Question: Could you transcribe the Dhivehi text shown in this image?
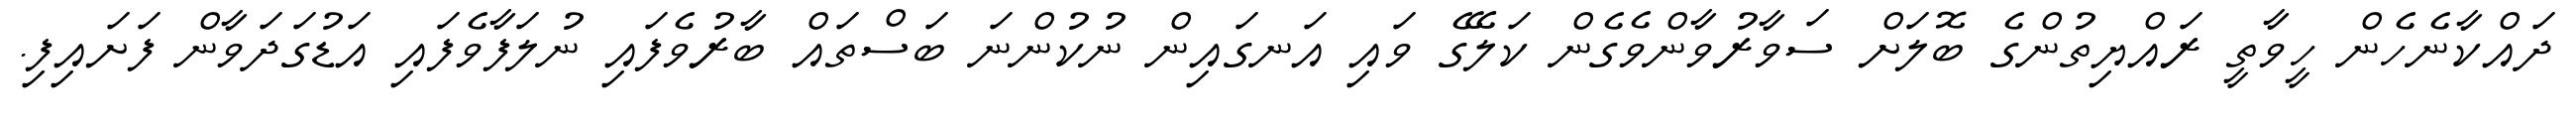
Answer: ދައްކާނެހެން ހީވާތީ ރައްޔިތުންގެ ބޮލަށް ސަވާރުވާންވެގެން ކަލޭގެ ވައި އަނގައިން ނުކުންނަ ބަސްތައް ބާރުވެފައި ނުލަފާވެފައި އަޑުގަދަވާން ފަށައިފި.